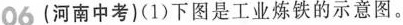
06(河南中考)(1)下图是工业炼铁的示意图。